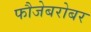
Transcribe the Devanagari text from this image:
फौजेबरोबर